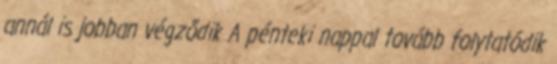
annál is jobban végződik A pénteki nappal tovább folytatódik